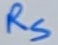
Text: RS